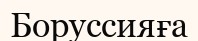
Боруссияға